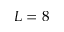
L = 8